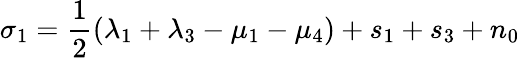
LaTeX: \sigma_{1}=\frac{1}{2}(\lambda_{1}+\lambda_{3}-\mu_{1}-\mu_{4})+s_{1}+s_{3}+n_{0}